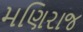
મણિરાજ